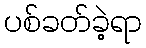
ပစ်ခတ်ခဲ့ရာ